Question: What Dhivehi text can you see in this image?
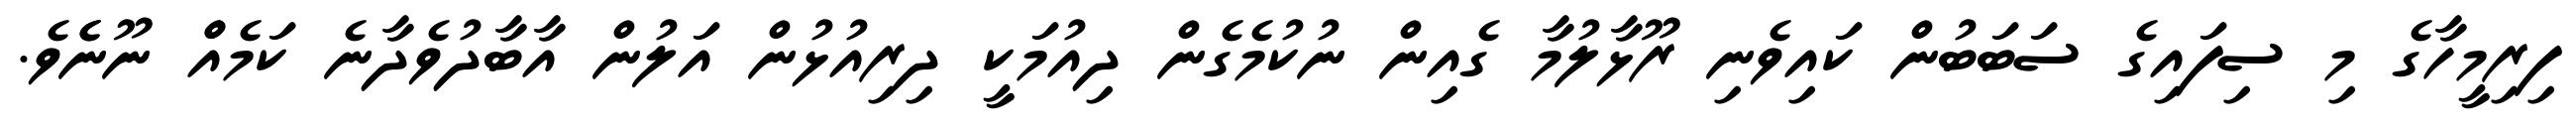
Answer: ފިރިމީހާގެ މި ސިފައިގެ ސަބަބުން ކައިވެނި ރޫޅާލުމާ ގެއިން ނުކުމެގެން ދިއުމަކީ ދިރިއުޅުން އަލުން އާބާދުވެދާނެ ކަމެއްް ނޫނެެވެ.